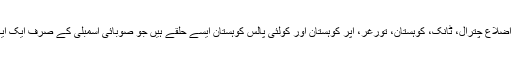
البتہ صوبے کے چھے اضلاع چترال، ٹانک، کوہستان، تورغر، اپر کوہستان اور کولئی پالس کوہستان ایسے حلقے ہیں جو صوبائی اسمبلی کے صرف ایک ایک حلقے پر مشتمل ہیں۔